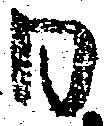
日